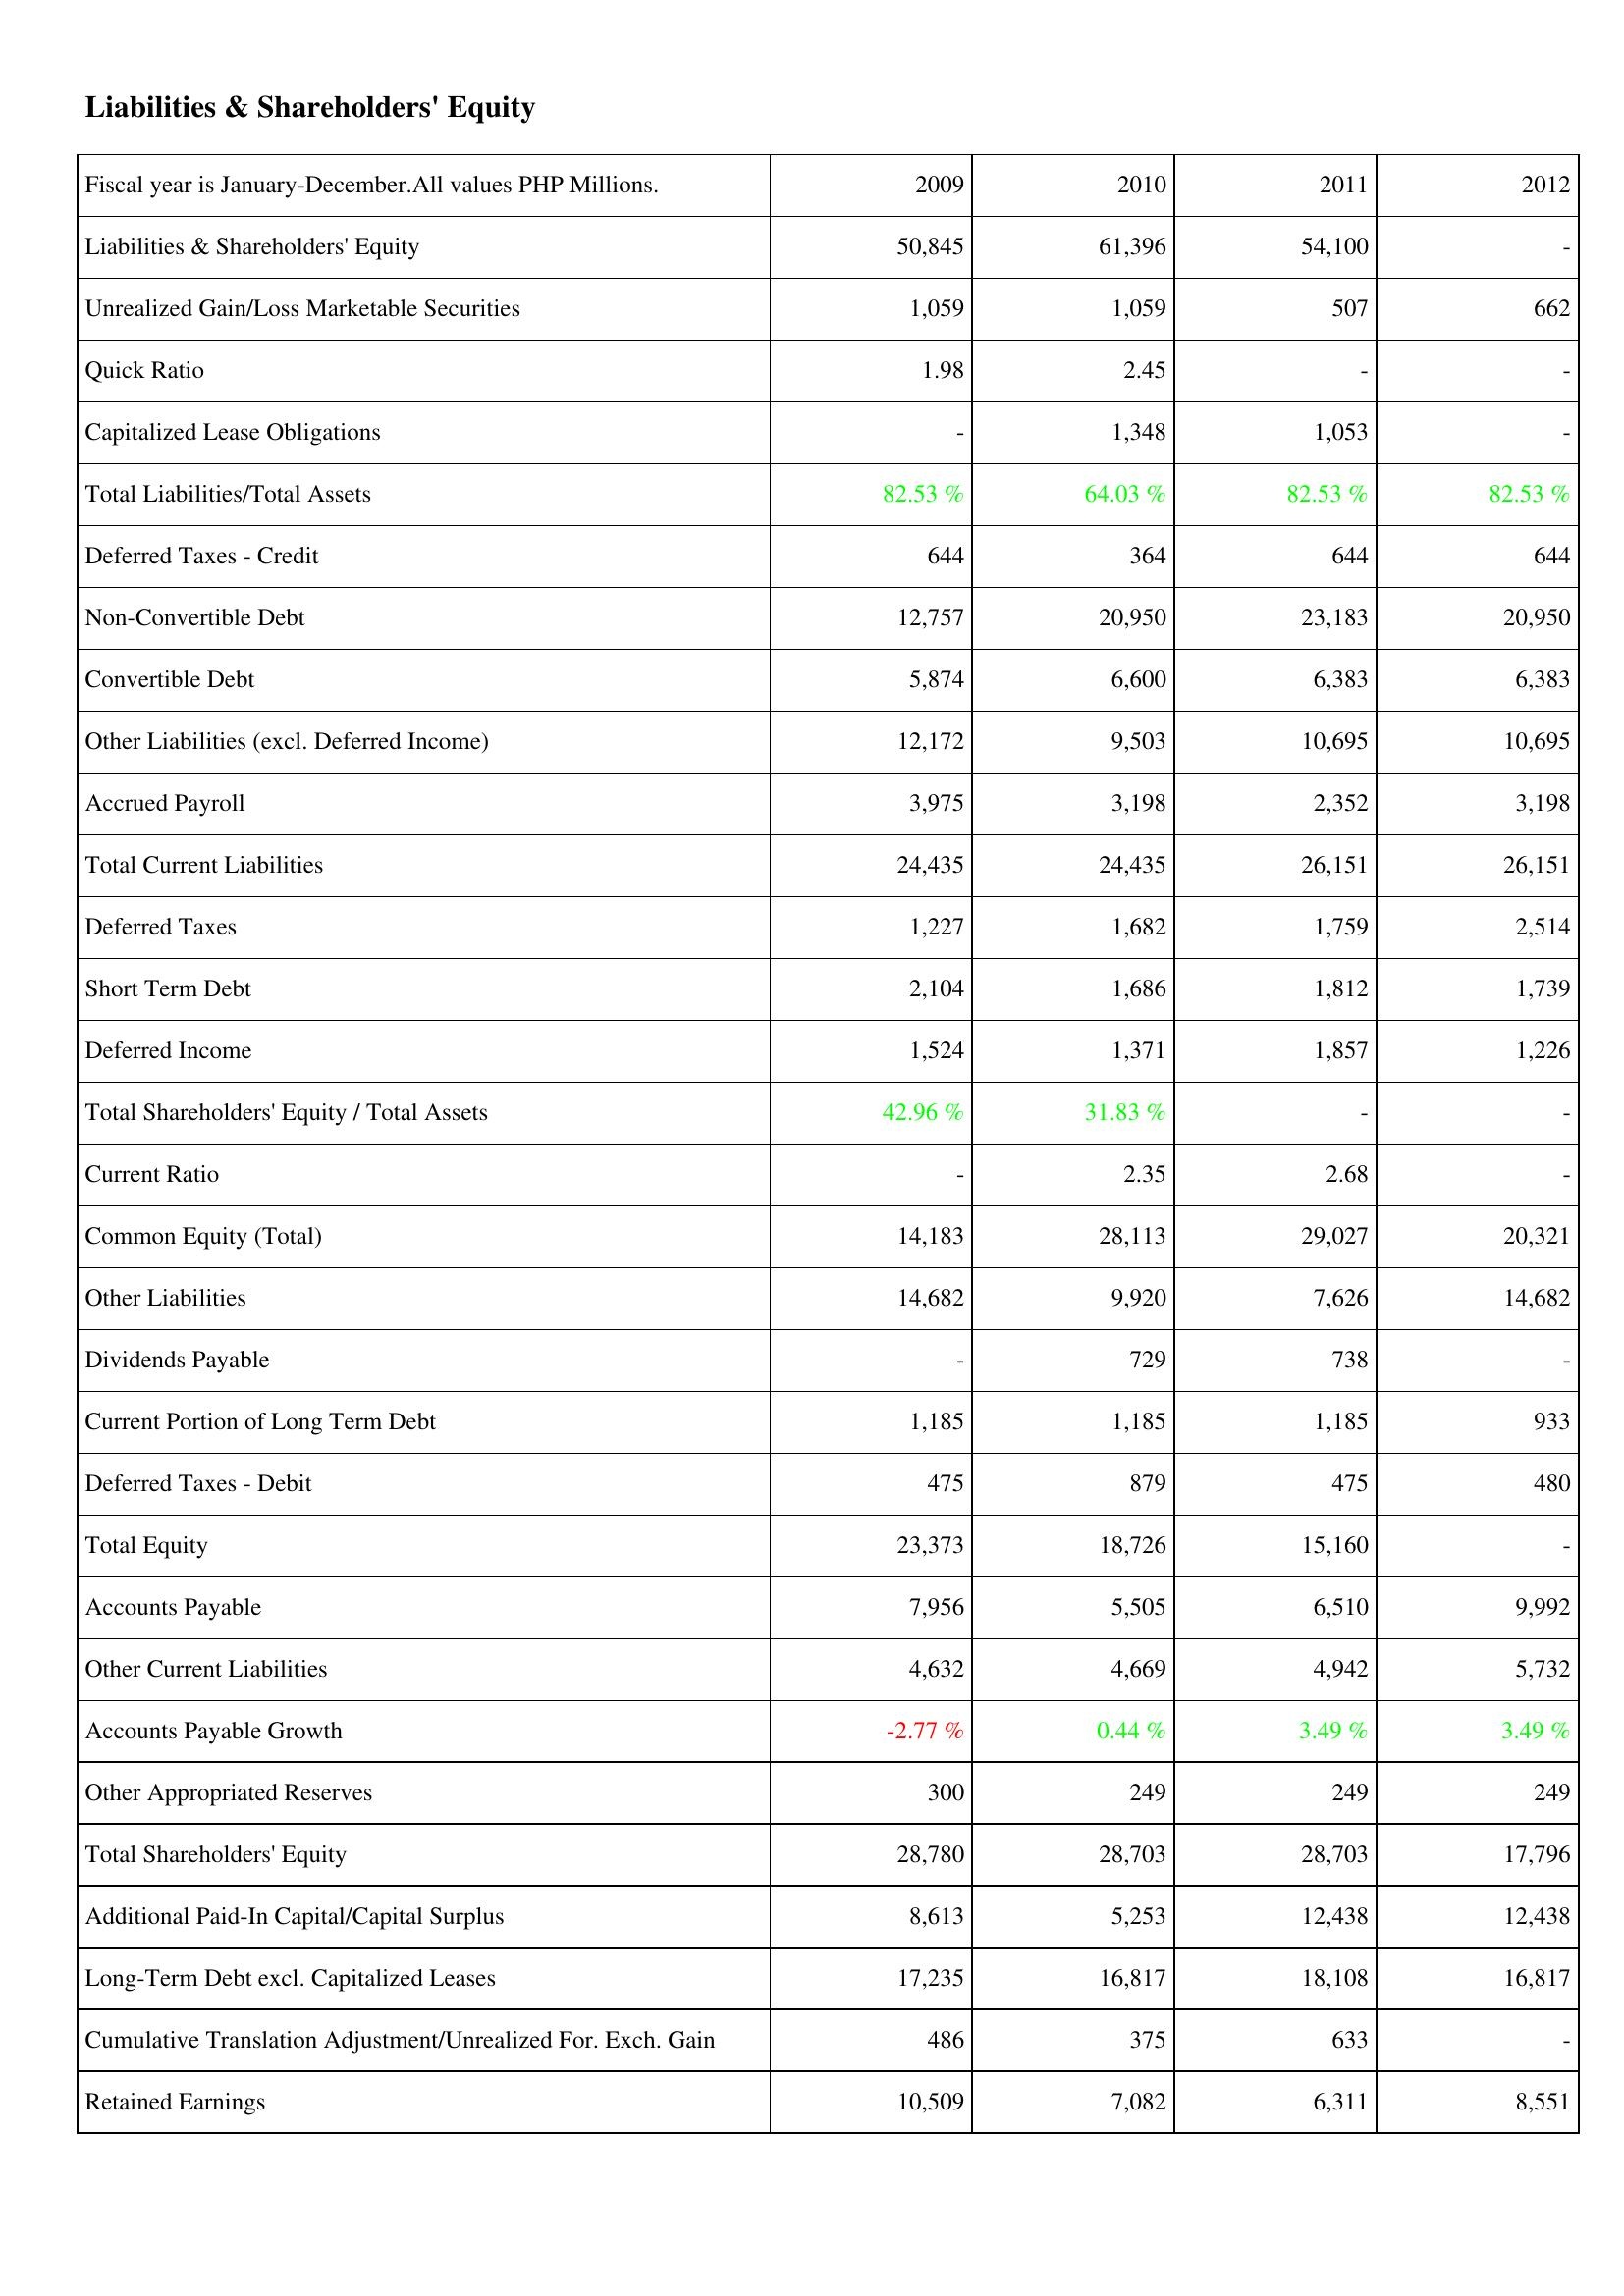
2009: Liabilities & Shareholders' Equity: Liabilities & Shareholders' Equity: 50,845
Unrealized Gain/Loss Marketable Securities: 1,059
Quick Ratio: 1.98
Capitalized Lease Obligations: -
Total Liabilities/Total Assets: 82.53 %
Deferred Taxes - Credit: 644
Non-Convertible Debt: 12,757
Convertible Debt: 5,874
Other Liabilities (excl. Deferred Income): 12,172
Accrued Payroll: 3,975
Total Current Liabilities: 24,435
Deferred Taxes: 1,227
Short Term Debt: 2,104
Deferred Income: 1,524
Total Shareholders' Equity / Total Assets: 42.96 %
Current Ratio: -
Common Equity (Total): 14,183
Other Liabilities: 14,682
Dividends Payable: -
Current Portion of Long Term Debt: 1,185
Deferred Taxes - Debit: 475
Total Equity: 23,373
Accounts Payable: 7,956
Other Current Liabilities: 4,632
Accounts Payable Growth: -2.77 %
Other Appropriated Reserves: 300
Total Shareholders' Equity: 28,780
Additional Paid-In Capital/Capital Surplus: 8,613
Long-Term Debt excl. Capitalized Leases: 17,235
Cumulative Translation Adjustment/Unrealized For. Exch. Gain: 486
Retained Earnings: 10,509
2010: Liabilities & Shareholders' Equity: Liabilities & Shareholders' Equity: 61,396
Unrealized Gain/Loss Marketable Securities: 1,059
Quick Ratio: 2.45
Capitalized Lease Obligations: 1,348
Total Liabilities/Total Assets: 64.03 %
Deferred Taxes - Credit: 364
Non-Convertible Debt: 20,950
Convertible Debt: 6,600
Other Liabilities (excl. Deferred Income): 9,503
Accrued Payroll: 3,198
Total Current Liabilities: 24,435
Deferred Taxes: 1,682
Short Term Debt: 1,686
Deferred Income: 1,371
Total Shareholders' Equity / Total Assets: 31.83 %
Current Ratio: 2.35
Common Equity (Total): 28,113
Other Liabilities: 9,920
Dividends Payable: 729
Current Portion of Long Term Debt: 1,185
Deferred Taxes - Debit: 879
Total Equity: 18,726
Accounts Payable: 5,505
Other Current Liabilities: 4,669
Accounts Payable Growth: 0.44 %
Other Appropriated Reserves: 249
Total Shareholders' Equity: 28,703
Additional Paid-In Capital/Capital Surplus: 5,253
Long-Term Debt excl. Capitalized Leases: 16,817
Cumulative Translation Adjustment/Unrealized For. Exch. Gain: 375
Retained Earnings: 7,082
2011: Liabilities & Shareholders' Equity: Liabilities & Shareholders' Equity: 54,100
Unrealized Gain/Loss Marketable Securities: 507
Quick Ratio: -
Capitalized Lease Obligations: 1,053
Total Liabilities/Total Assets: 82.53 %
Deferred Taxes - Credit: 644
Non-Convertible Debt: 23,183
Convertible Debt: 6,383
Other Liabilities (excl. Deferred Income): 10,695
Accrued Payroll: 2,352
Total Current Liabilities: 26,151
Deferred Taxes: 1,759
Short Term Debt: 1,812
Deferred Income: 1,857
Total Shareholders' Equity / Total Assets: -
Current Ratio: 2.68
Common Equity (Total): 29,027
Other Liabilities: 7,626
Dividends Payable: 738
Current Portion of Long Term Debt: 1,185
Deferred Taxes - Debit: 475
Total Equity: 15,160
Accounts Payable: 6,510
Other Current Liabilities: 4,942
Accounts Payable Growth: 3.49 %
Other Appropriated Reserves: 249
Total Shareholders' Equity: 28,703
Additional Paid-In Capital/Capital Surplus: 12,438
Long-Term Debt excl. Capitalized Leases: 18,108
Cumulative Translation Adjustment/Unrealized For. Exch. Gain: 633
Retained Earnings: 6,311
2012: Liabilities & Shareholders' Equity: Liabilities & Shareholders' Equity: -
Unrealized Gain/Loss Marketable Securities: 662
Quick Ratio: -
Capitalized Lease Obligations: -
Total Liabilities/Total Assets: 82.53 %
Deferred Taxes - Credit: 644
Non-Convertible Debt: 20,950
Convertible Debt: 6,383
Other Liabilities (excl. Deferred Income): 10,695
Accrued Payroll: 3,198
Total Current Liabilities: 26,151
Deferred Taxes: 2,514
Short Term Debt: 1,739
Deferred Income: 1,226
Total Shareholders' Equity / Total Assets: -
Current Ratio: -
Common Equity (Total): 20,321
Other Liabilities: 14,682
Dividends Payable: -
Current Portion of Long Term Debt: 933
Deferred Taxes - Debit: 480
Total Equity: -
Accounts Payable: 9,992
Other Current Liabilities: 5,732
Accounts Payable Growth: 3.49 %
Other Appropriated Reserves: 249
Total Shareholders' Equity: 17,796
Additional Paid-In Capital/Capital Surplus: 12,438
Long-Term Debt excl. Capitalized Leases: 16,817
Cumulative Translation Adjustment/Unrealized For. Exch. Gain: -
Retained Earnings: 8,551